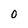
Character: 0